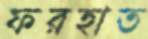
ফরহাত